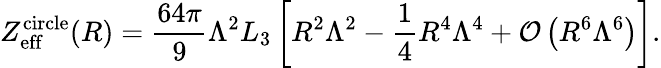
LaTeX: Z_{\mathrm{eff}}^{\mathrm{circle}}(R)=\frac{64\pi}{9}\Lambda^{2}L_{3}\left[R^{2}\Lambda^{2}-\frac{1}{4}R^{4}\Lambda^{4}+{\cal O}\left(R^{6}\Lambda^{6}\right)\right].